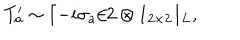
T _ { a } ^ { \prime } \sim \lceil - i \sigma _ { a } / 2 \otimes 1 _ { 2 \times 2 } \rfloor _ { L } ,